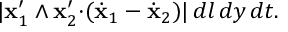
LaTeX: | { \bf x } _ { 1 } ^ { \prime } \wedge { \bf x } _ { 2 } ^ { \prime } { \cdot } ( \dot { \bf x } _ { 1 } - \dot { \bf x } _ { 2 } ) | \, d l \, d y \, d t .